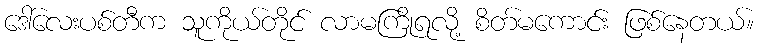
ဒေါ်လေးပစ်တီက သူကိုယ်တိုင် လာမကြိုရလို့ စိတ်မကောင်း ဖြစ်နေတယ်။